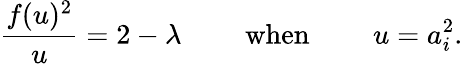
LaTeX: \frac{f(u)^{2}}{u}=2-\lambda\qquad\mathrm{~when~}\qquad u=a_{i}^{2}.